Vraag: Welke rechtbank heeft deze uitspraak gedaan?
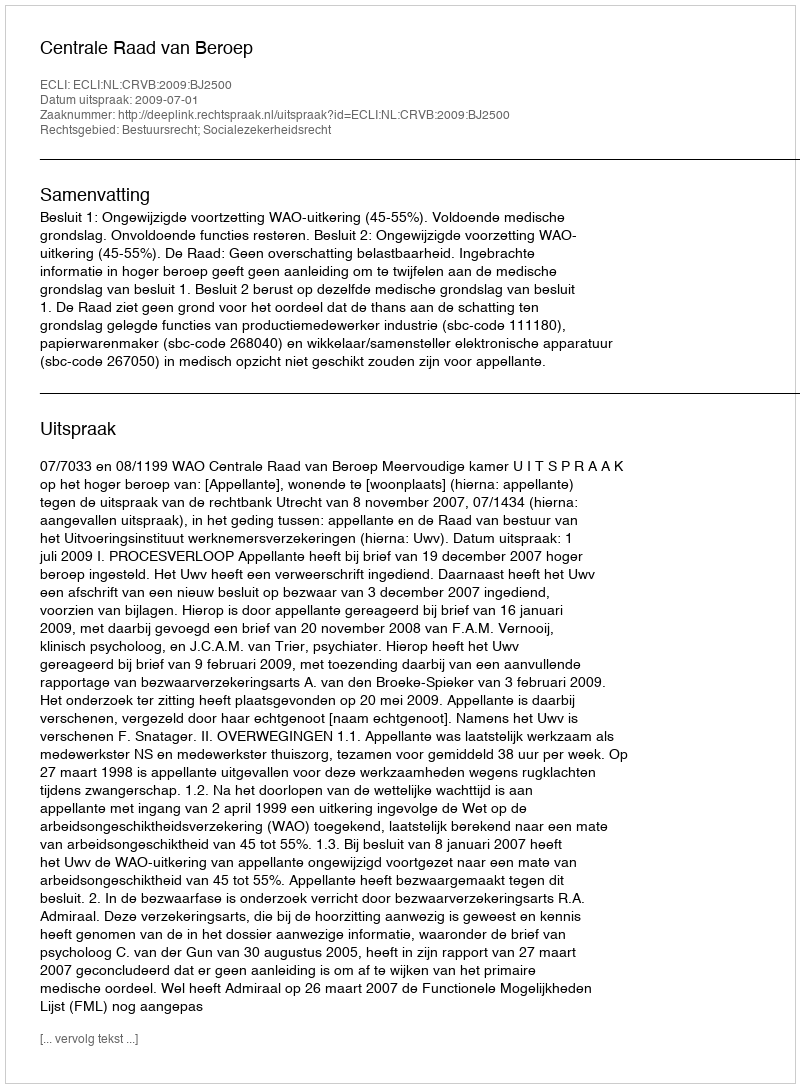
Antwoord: Centrale Raad van Beroep